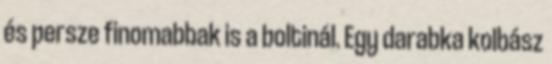
és persze finomabbak is a boltinál. Egy darabka kolbász